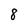
Character: 8